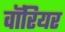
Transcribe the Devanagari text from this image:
वाॅरियर